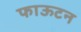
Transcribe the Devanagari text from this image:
फाऊटन